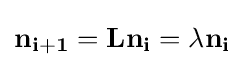
\mathbf {n_{i+1}} =\mathbf {Ln_{i}} =\lambda \mathbf {n_{i}}